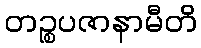
တဉ္စပဇာနာမီတိ